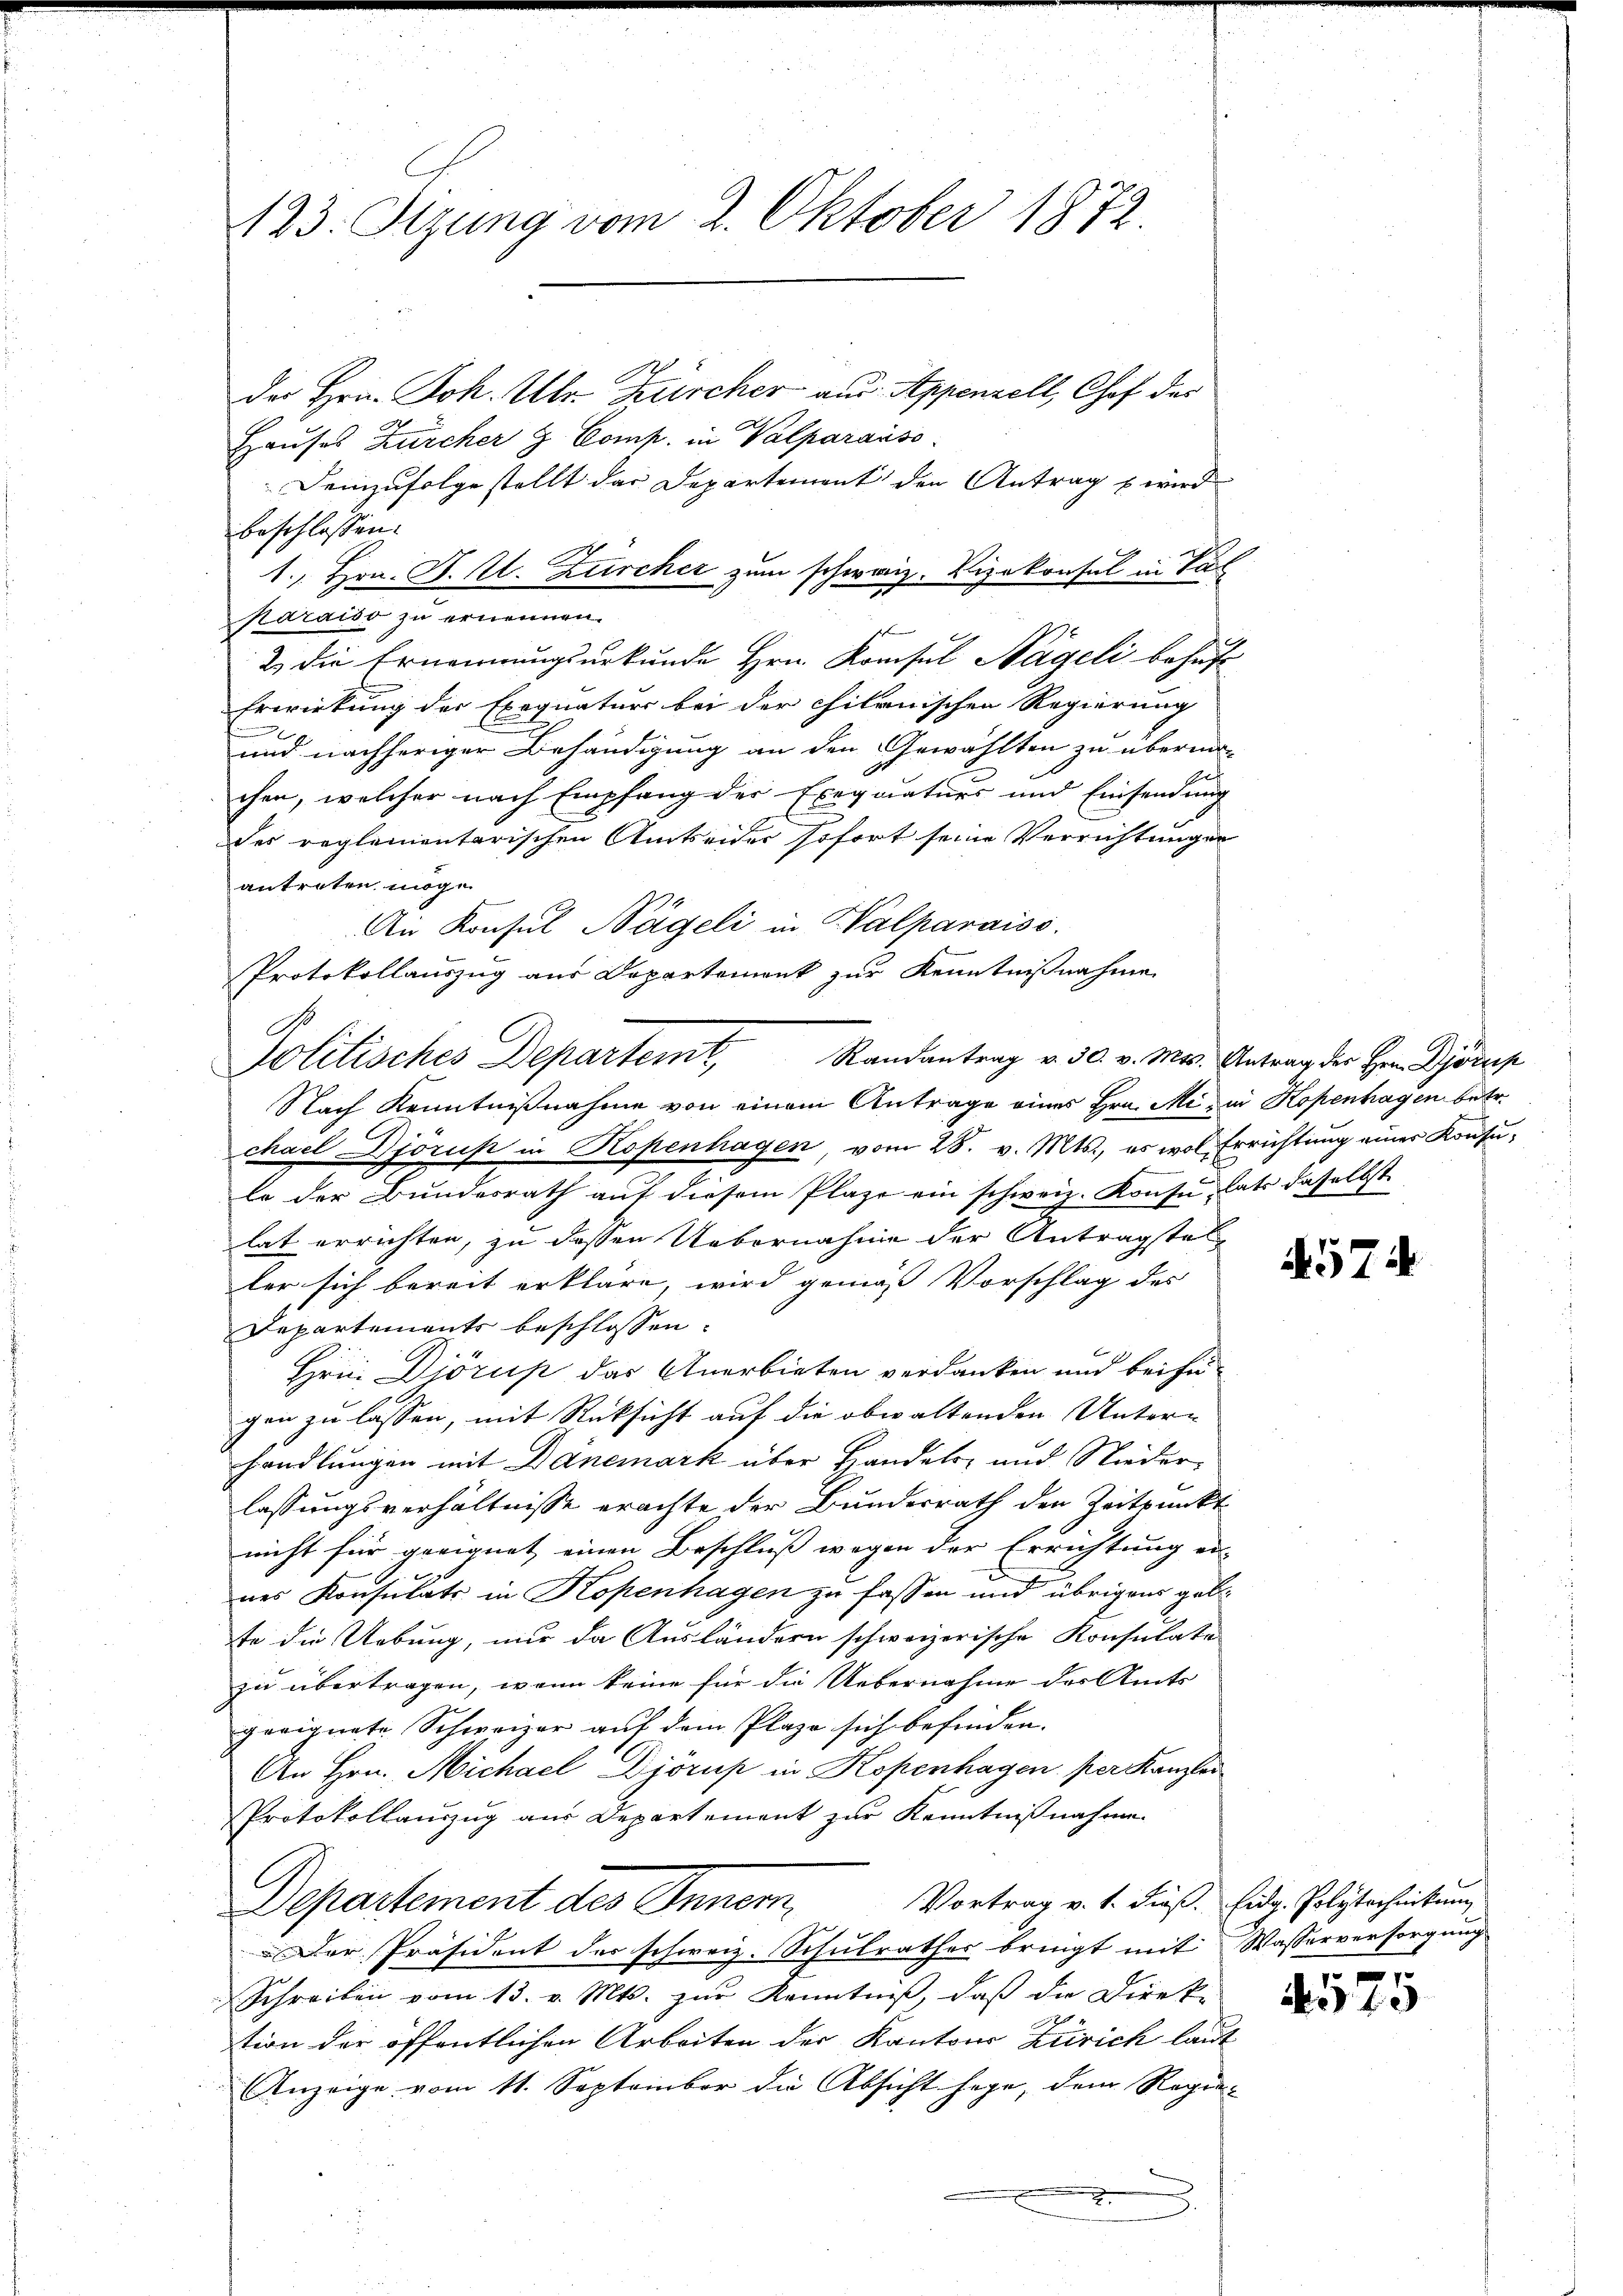
123. Sizung vom 2. Oktober 1872.
der Hrn. Joh. Ulr. Zürcher aus Appenzell, Chof des
Hauses Zürcher & Comp. in Valparaiso

Demzufolge stellt das Departement den Antrag wird
beschlossen.
1., Hrn. J. U. Zürcher zum schweiz. Vizekonsul in Vat
Karaiso zu ernennen.
2) die Ernennungsurkunde Hrn. Konsul Nägeli behufs-
Erwirkung der Exequaturs bei der chilenischen Regierung
und nachheriger Behändigung an den Gewählten zu übermi
chen, welcher nach Empfang der Exequaturs und Einsendung
des reglementarischen Amtseider sofort seine Verrichtungen
antreten möge.
An Konsul Nägeli in Halparaiss
Protokollauszug aus Departement zur Kenntnißnahme
Nach Kenntnißnahme von einem Antrage eines Hrn. Mi- in Kopenhagen betr.
chael Djorus in Kopenhagen, vom 28. v. Mts., es wol Errichtung eines Konsule der Bundesrath auf diesem Plaze ein schweiz. Konsu, hat daselbst
lat errichten, zu dessen Uebernahme der Antragstel
ler sich bereit erkläre, wird gemäß Vorschlag des
Departements beschlossen:
Hrn. Djörup das Anerbieten verdanken und beizu-
gen zu lassen, mit Rüksicht auf die obwaltenden Unter-
handlungen mit Danemark über Handels- und Niederlassungsverhältnisse erachte der Bundesrath den Zeitpunkt
nicht für geeignet einen Beschluß wegen der Errichtung er-
nes Konsulats in Kopenhagen zu fassen und übrigens geb.
te die Uebung, nur da Ausländern schweizerische Konsulate
zu übertragen, wenn keine für die Uebernahme des Amts
geeignete Schweizer auf dem Plaze sich befinden.
An Hrn. Michael Djörup in Kopenhagen per Kanzlei
Protokollauszug aus Departement zur Kenntnißnahme.
Vortrag v. 1. dieß. Eidg. Polytechnikum
Departement des Innern,
Der Präsident der schweiz. Schulrathes bringt mit Wasserversorgung
Schreiben vom 13. v. Mts. zur Kenntniß, daß die Direk-
tion der öffentlichen Arbeiten der Kantons Zürich laut
Anzeige vom 11. September die Absicht sage, dem Regie-
x
2

Politisches Departemt, Randantrag v. 30. v. Mts. Antrag der Herr Ojosip

574

p
540